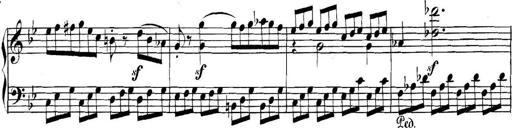
Title: Collected Piano Sonatas
Composer: Muzio Clementi